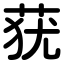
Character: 莸